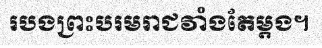
របងព្រះបរមរាជវាំងតែម្តង។